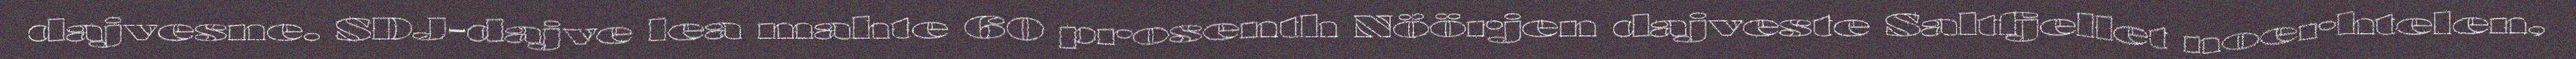
dajvesne. SDJ-dajve lea mahte 60 prosenth Nöörjen dajveste Saltfjellet noerhtelen,